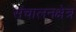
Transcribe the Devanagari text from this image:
संचालनक्षेत्र